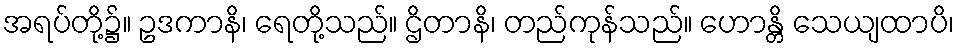
အရပ်တို့၌။ ဥဒကာနိ၊ ရေတို့သည်။ ဌိတာနိ၊ တည်ကုန်သည်။ ဟောန္တိ သေယျထာပိ၊